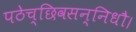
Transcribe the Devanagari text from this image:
पठेच्छिवसन्निधौ।